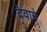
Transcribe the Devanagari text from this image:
देवागे